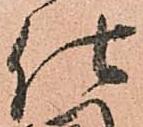
仕